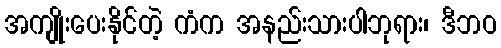
အကျိုးပေးနိုင်တဲ့ ကံက အနည်းသားပါဘုရား၊ ဒီဘဝ